Calcutta medical institutions reports 1879-81 [i.e.91]
Year: 1879
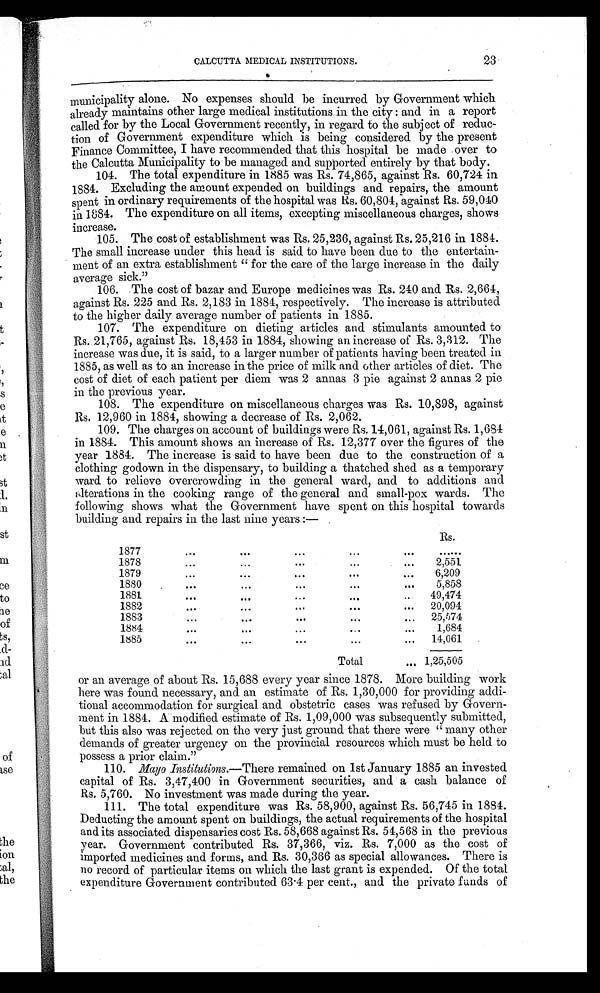
CALCUTTA MEDICAL INSTITUTIONS. ...
23
municipality alone. No expenses should be incurred by Government which
already maintains other large medical institutions in the city: and in a report
called for by the Local Government recently, in regard to the subject of reduc-
tion of Government expenditure which is being considered by the present
Finance Committee, I have recommended that this hospital be made over to
the Calcutta Municipality to be managed and supported entirely by that body.
104. The total expenditure in 1885 was Rs. 74,865, against Rs. 60,724 in
1884. Excluding the amount expended on buildings and repairs, the amount
spent in ordinary requirements of the hospital was Rs. 60,804, against Rs. 59,040
in 1884. The expenditure on all items, excepting miscellaneous charges, shows
increase.
105. The cost of establishment was Rs. 25,236, against Rs. 25,216 in 1884.
The small increase under this head is said to have been due to the entertain-
ment of an extra establishment " for the care of the large increase in the daily
average sick."
106. The cost of bazar and Europe medicines was Rs. 240 and Rs. 2,664,
against Rs. 225 and Rs. 2,183 in 1884, respectively. The increase is attributed
to the higher daily average number of patients in 1885.
107. The expenditure on dieting articles and stimulants amounted to
Rs. 21,765, against Rs. 18,453 in 1884, showing an increase of Rs. 3,312. The
increase was due, it is said, to a larger number of patients having been treated in
1885, as well as to an increase in the price of milk and other articles of diet. The
cost of diet of each patient per diem was 2 annas 3 pie against 2 annas 2 pie
in the previous year.
108. The expenditure on miscellaneous charges was Rs. 10,898, against
Rs. 12,960 in 1884, showing a decrease of Rs. 2,062.
109. The charges on account of buildings were Rs. 14,061, against Rs. 1,684
in 1884. This amount shows an increase of Rs. 12,377 over the figures of the
year 1884. The increase is said to have been due to the construction of a
clothing godown in the dispensary, to building a thatched shed as a temporary
ward to relieve overcrowding in the general ward, and to additions and
alterations in the cooking range of the general and small-pox wards. The
following shows what the Government have spent on this hospital towards
building and repairs in the last nine years :—
Rs.
1877
. . .
. . .
. . .
. . .
. . . . . .
1878
. . .
. . .
. . .
. . .
2,551
1879
. . .
. . .
. . .
. . .
6,209
1880
. . .
. . .
... . . .
5,858
1881
. . .
. . .
... ...
49,474
1882
. . .
. . .
... ...
20,094
1883
. . .
... ... ...
25,574
1884
. . .
. . .
. . .
. . .
1,684
1885
. . .
. . .
... ...
14,061
Total
. . . 1,25,505
or an average of about Rs. 15,688 every year since 1878. More building work
here was found necessary, and an estimate of Rs. 1,30,000 for providing addi-
tional accommodation for surgical and obstetric cases was refused by Govern-
ment in 1884. A modified estimate of Rs. 1,09,000 was subsequently submitted,
but this also was rejected on the very just ground that there were " many other
demands of greater urgency on the provincial resources which must be held to
possess a prior claim."
110. Mayo Institutions.—There remained on 1st January 1885 an invested
capital of Rs. 3,47,400 in Government securities, and a cash balance of
Rs. 5,760. No investment was made during the year.
111. The total expenditure was Rs. 58,900, against Rs. 56,745 in 1884.
Deducting the amount spent on buildings, the actual requirements of the hospital
and its associated dispensaries cost Rs. 58,668 against Rs. 54,568 in the previous
year. Government contributed Rs. 37,366, viz. Rs. 7,000 as the cost of
imported medicines and forms, and Rs. 30,366 as special allowances. There is
no record of particular items on which the last grant is expended. Of the total
expenditure Government contributed 63.4 per cent., and the private funds of